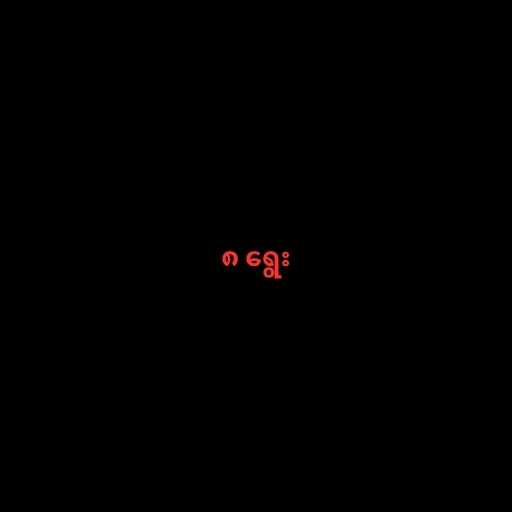
၈ ရွေး